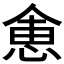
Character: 𬾽